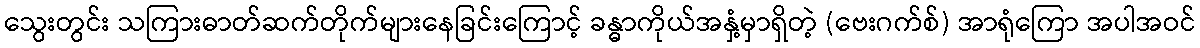
သွေးတွင်း သကြားဓာတ်ဆက်တိုက်များနေခြင်းကြောင့် ခန္ဓာကိုယ်အနှံ့မှာရှိတဲ့ (ဗေးဂက်စ်) အာရုံကြော အပါအဝင်